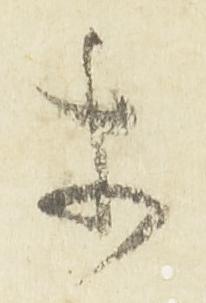
等